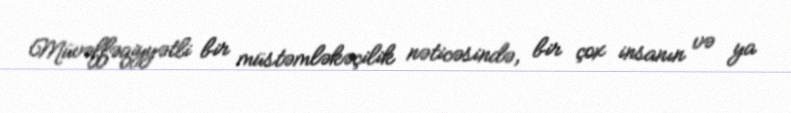
Müvəffəqiyyətli bir müstəmləkəçilik nəticəsində, bir çox insanın və ya